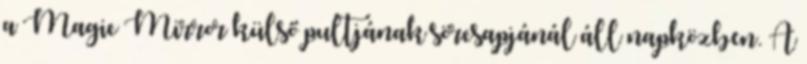
a Magic Mirror külső pultjának sörcsapjánál áll napközben. A